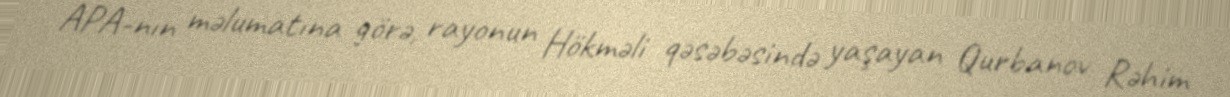
APA-nın məlumatına görə, rayonun Hökməli qəsəbəsində yaşayan Qurbanov Rəhim